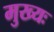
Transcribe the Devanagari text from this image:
मुख्यः